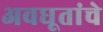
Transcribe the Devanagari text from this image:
अवधूतांचे